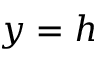
y = h